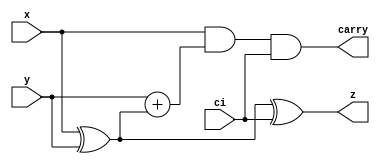
module full_adder (x,y,ci, z,carry);
  input  x;
  input  y;
  input	ci;
  output z;
  output carry;
  assign z = x ^ y ^ ci;
  assign carry = x & y + (x^y)&ci; 
endmodule